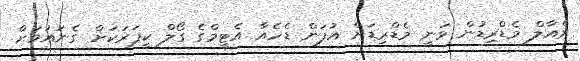
ރެއާލް މެޑްރިޑުން ވަނީ މެޑްރިޑަށް އުފަން ޑެހެއާ އެޓީމްގެ ގޯލް ކީޕަރަކަށް ގެނައުމަށް